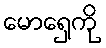
မောရှေကို